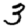
Digit: 3